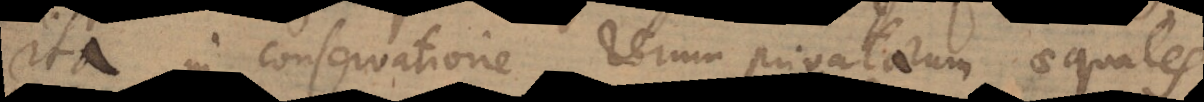
ita in conservatione rerum privatarum aequales